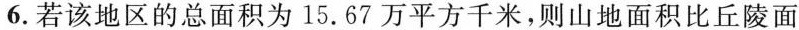
6.若该地区的总面积为15.67万平方千米，则山地面积比丘陵面